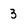
Character: 3